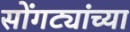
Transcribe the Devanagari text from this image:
सोंगट्यांच्या